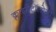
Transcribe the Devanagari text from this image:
क्लाइमैटॉलोजी